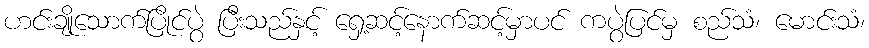
ဟင်းချိုသောက်ပြိုင်ပွဲ ပြီးသည်နှင့် ရှေ့ဆင့်နောက်ဆင့်မှာပင် ကပွဲပြင်မှ စည်သံ၊ မောင်းသံ၊